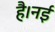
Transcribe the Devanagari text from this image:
है।नई